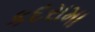
કદરામા